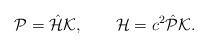
\begin{align*}{\cal P}=\hat{\cal H}{\cal K},\qquad{\cal H}=c^2\hat{\cal P}{\cal K}.\end{align*}